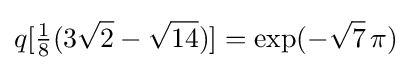
q[{\tfrac {1}{8}}(3{\sqrt {2}}-{\sqrt {14}})]=\exp(-{\sqrt {7}}\,\pi )